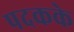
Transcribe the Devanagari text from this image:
पदकके